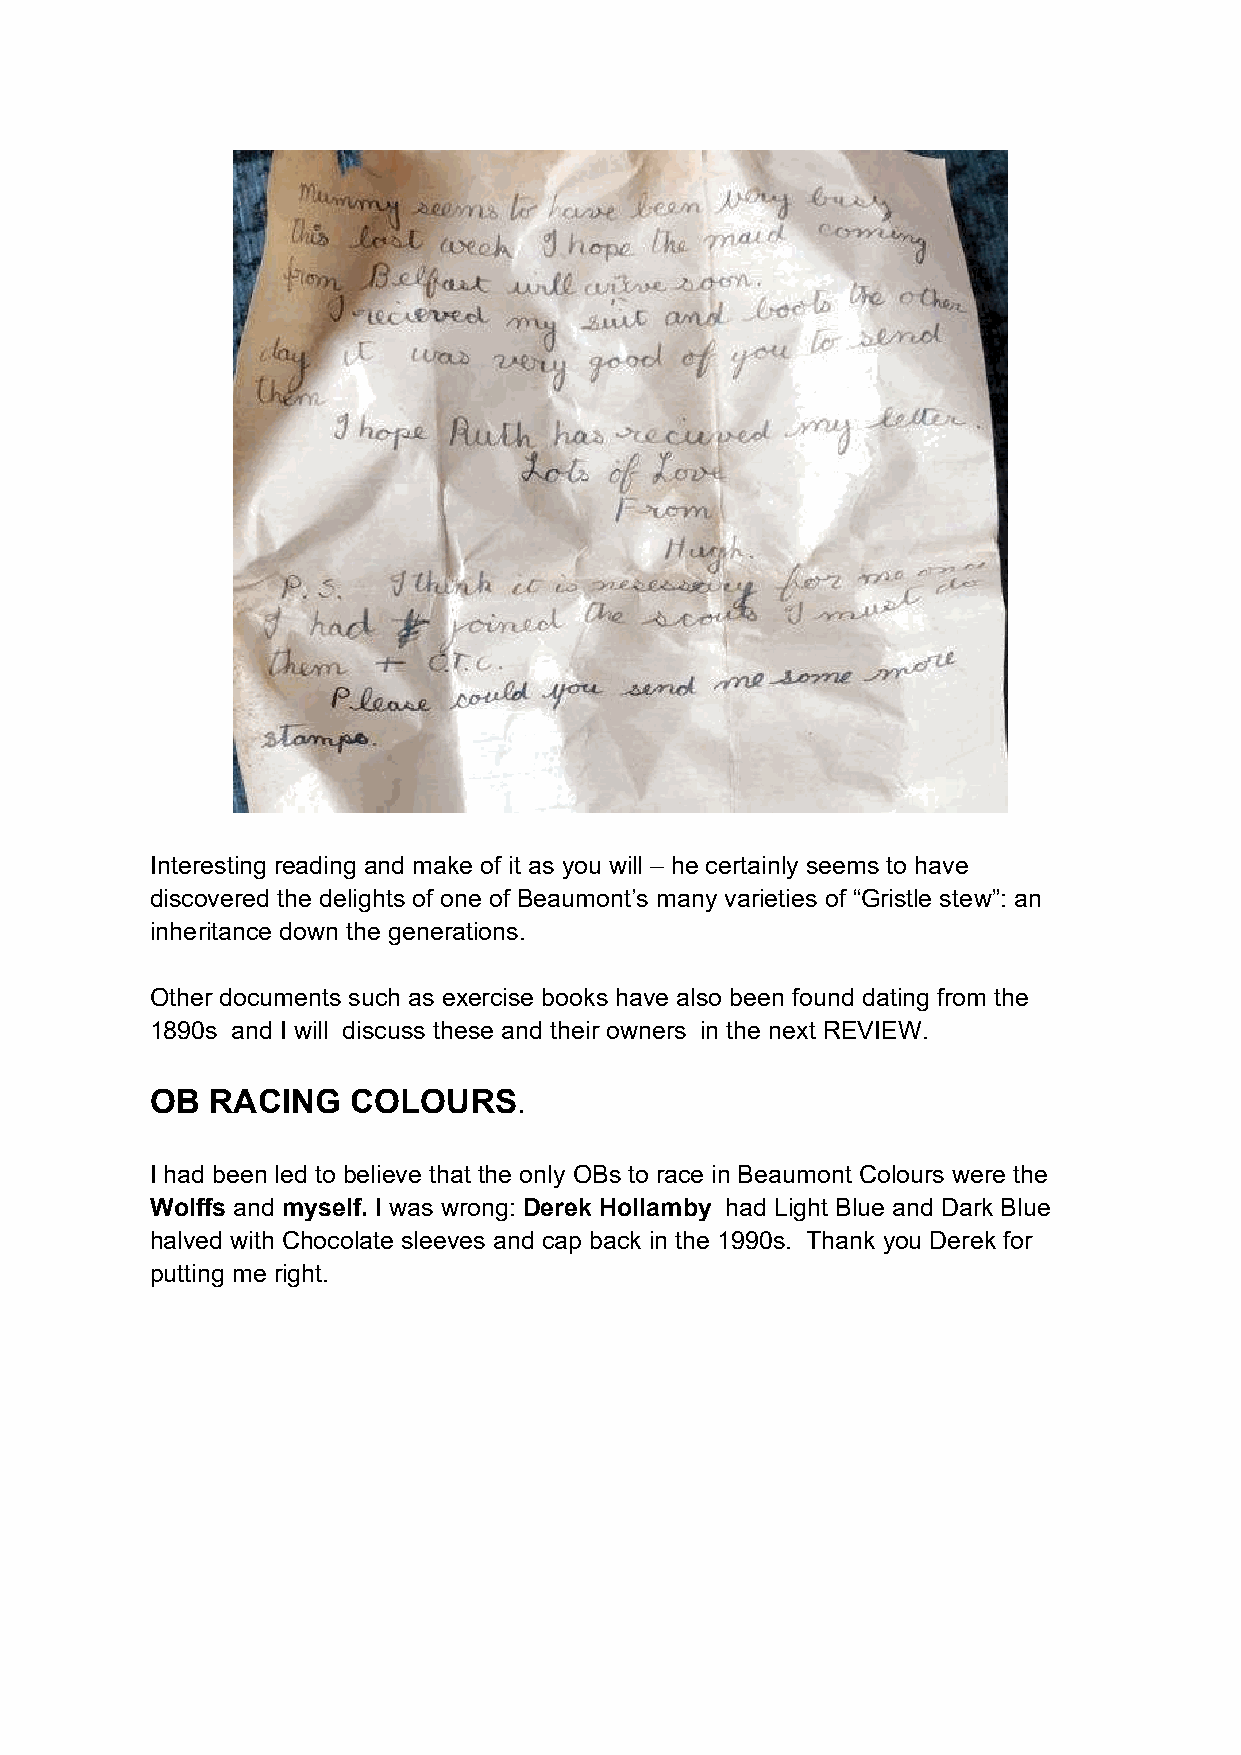
Interesting reading and make of it as you will – he certainly seems to have
 discovered the delights of one of Beaumont’s many varieties of “Gristle stew”: an
 inheritance down the generations.
 Other documents such as exercise books have also been found dating from the
 1890s and I will discuss these and their owners in the next REVIEW.
 OB  RACING   COLOURS.
 I had been led to believe that the only OBs to race in Beaumont Colours were the
 Wolffs and myself. I was wrong: Derek Hollamby had Light Blue and Dark Blue
 halved with Chocolate sleeves and cap back in the 1990s. Thank you Derek for
 putting me right.